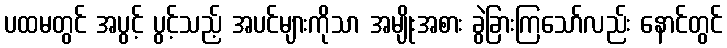
ပထမတွင် အပွင့် ပွင့်သည့် အပင်များကိုသာ အမျိုးအစား ခွဲခြားကြသော်လည်း နောင်တွင်